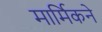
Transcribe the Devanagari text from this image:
मार्मिकने